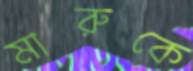
মারুকে